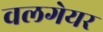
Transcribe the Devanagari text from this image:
वलगेयर